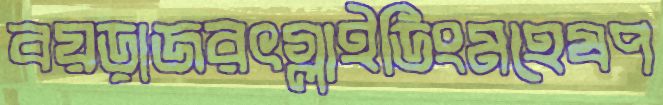
বয়ড়াজরৎগ্লাইডিংমহেষপ